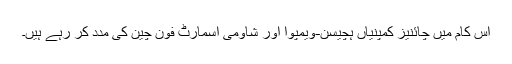
اس کام میں چائنیز کمپنیاں ہچیسن-ویمپوآ اور شاؤمی اسمارٹ فون چین کی مدد کر رہے ہیں۔